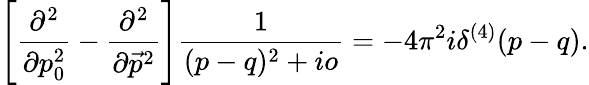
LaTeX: \left[\frac{\partial^{2}}{\partial p_{0}^{2}}-\frac{\partial^{2}}{\partial\vec{p}^{2}}\right]\frac{1}{(p-q)^{2}+io}=-4\pi^{2}i\delta^{(4)}(p-q).